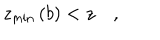
LaTeX: z _ { \min } \left( b \right) < z \quad ,